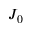
J _ { 0 }